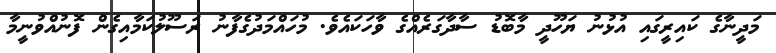
މަދީނާގެ ކައިރީގައި އުޅުނު ޔަހޫދީ މާބޮޑު ސާދާގަރެއްގެ ވާހަކައެވެ. މުހައްމަދުގެފާނު ރަސޫލުކަމާއިގެން ފޮނުއްވުނީމާ